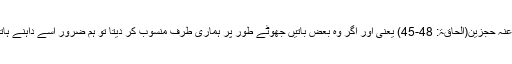
فَمَا مِنْکُمْ مِّنْ اَحَدٍ عَنْہُ حٰجِزِیْنَ(الحاقۃ: 48-45) یعنی اور اگر وہ بعض باتیں جھوٹے طور پر ہماری طرف منسوب کر دیتا تو ہم ضرور اسے داہنے ہاتھ سے پکڑ لیتے۔